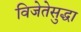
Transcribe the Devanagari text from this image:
विजेतेसुद्धा